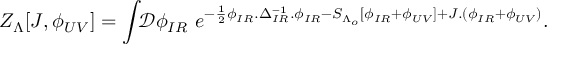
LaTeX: Z _ { \Lambda } [ J , \phi _ { U V } ^ { \phantom { a } } ] = \int \! \! \mathcal { D } \phi _ { I R } ^ { \phantom { a } } \ e ^ { - \frac { 1 } { 2 } \phi _ { I R } ^ { \phantom { - 1 } } . \Delta _ { I R } ^ { - 1 } . \phi _ { I R } ^ { \phantom { - 1 } } - S _ { \Lambda _ { o } } ^ { \phantom { - 1 } } [ \phi _ { I R } ^ { \phantom { - 1 } } + \phi _ { U V } ^ { \phantom { - 1 } } ] + J . ( \phi _ { I R } ^ { \phantom { - 1 } } + \phi _ { U V } ^ { \phantom { - 1 } } ) } .